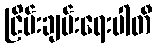
ငြိမ်းချမ်းရေးပါတီ